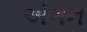
એગન